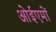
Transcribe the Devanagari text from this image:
ओईएमों